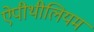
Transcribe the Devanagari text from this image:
ऐपीथीलियम